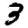
Digit: 3